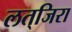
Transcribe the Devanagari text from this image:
लत्‌जिरा